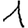
Digit: 1